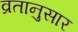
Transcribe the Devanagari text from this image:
व्रतानुसार